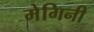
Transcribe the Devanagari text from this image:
मेगिनी